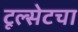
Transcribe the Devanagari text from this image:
टूल्सेटचा